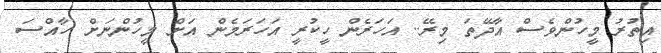
އިތުރު މީހުންވެސް އާދޭތަ މިރޭ.. އަހަރެން ހީކުރީ އަހަރަމެން އަށް މީހުންނަށް ހާއްސަ